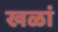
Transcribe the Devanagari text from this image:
खळां